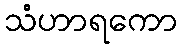
သံဟာရကော